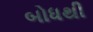
બોધથી